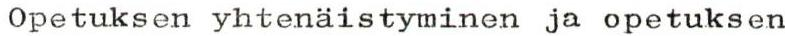
Opetuksen yhtenäistyminen ja opetuksen